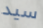
سيد